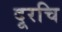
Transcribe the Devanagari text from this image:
दूरचि